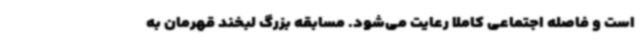
است و فاصله اجتماعی کاملا رعایت می‌شود. مسابقه بزرگ لبخند قهرمان به